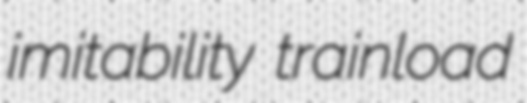
imitability trainload